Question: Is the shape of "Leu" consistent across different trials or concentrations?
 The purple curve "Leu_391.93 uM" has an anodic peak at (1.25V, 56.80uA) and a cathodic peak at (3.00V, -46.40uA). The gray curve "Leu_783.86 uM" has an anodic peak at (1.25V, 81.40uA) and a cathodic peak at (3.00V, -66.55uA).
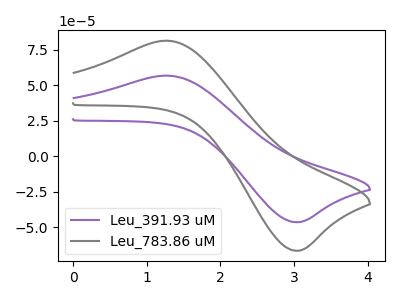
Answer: <think>All the peaks in "Leu_391.93 uM" have a peak in "Leu_783.86 uM" at the same potential. Every peak in "Leu_391.93 uM" is lower than every peak in "Leu_783.86 uM".
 </think>
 <answer>All the CV's of "Leu" have similar shape.</answer>
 <eval>follow_rule</eval>